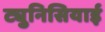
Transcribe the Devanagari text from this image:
ट्युनिसियाई